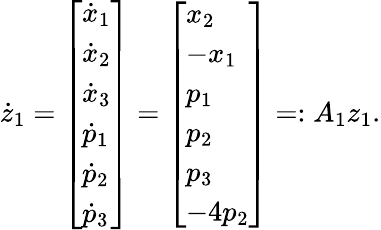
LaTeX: \dot{z}_{1}=\left[\begin{array}{l}{\dot{x}_{1}}\\ {\dot{x}_{2}}\\ {\dot{x}_{3}}\\ {\dot{p}_{1}}\\ {\dot{p}_{2}}\\ {\dot{p}_{3}}\end{array}\right]=\left[\begin{array}{l}{x_{2}}\\ {-x_{1}}\\ {p_{1}}\\ {p_{2}}\\ {p_{3}}\\ {-4p_{2}}\end{array}\right]=:A_{1}z_{1}.